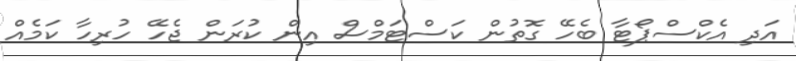
އަދި އެކްސްޕޯޓާ ބެހޭ ގޮތުން ކަސްޓަމްސް އިން ކުރަން ޖެހޭ ހުރިހާ ކަމެއް